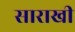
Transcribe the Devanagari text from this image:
साराखी